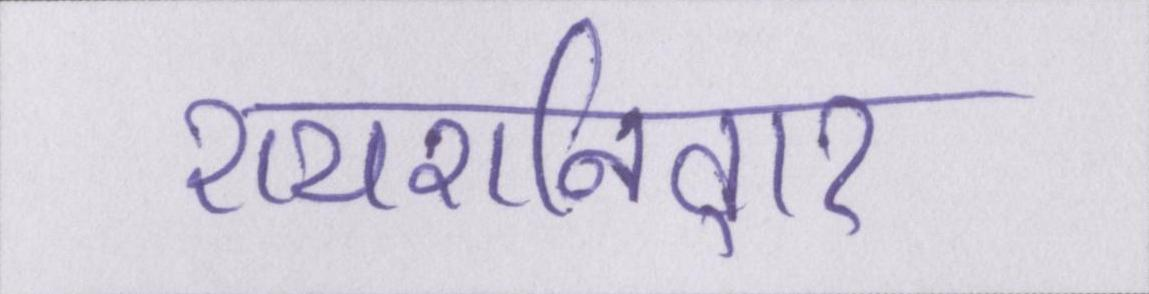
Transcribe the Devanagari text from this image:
रायशनिवार